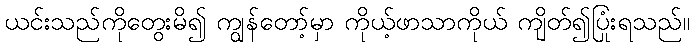
ယင်းသည်ကိုတွေးမိ၍ ကျွန်တော့်မှာ ကိုယ့်ဖာသာကိုယ် ကျိတ်၍ပြုံးရသည်။